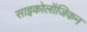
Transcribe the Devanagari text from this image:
साइकोलॉजिकन